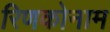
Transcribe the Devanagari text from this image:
रिणकोनाम